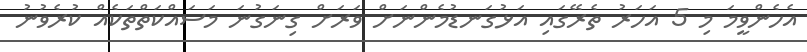
އެހެންވީމަ މި 5 އަހަރު ތެރޭގައި އަޅުގަނޑުމެންނަށް ވަރަށް ގިނަގުނަ މަސައްކަތްތަކެއް ކުރެވުނު